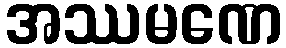
အဿမဏေ